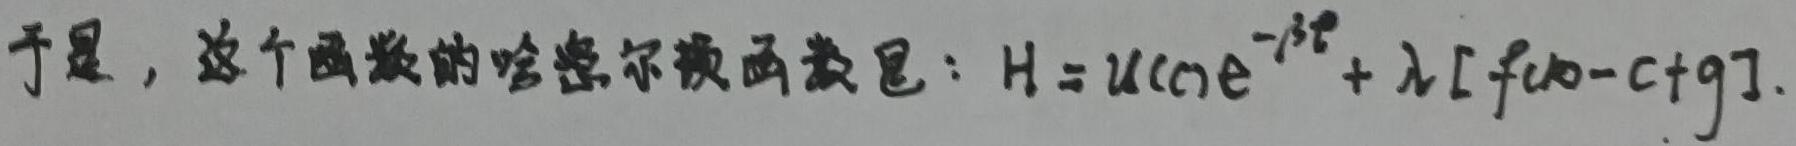
于是，这个函数的哈密尔顿函数是：$H = u(c)e^{-\beta t}+\lambda [f(x)-c+g].$